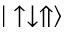
| \uparrow \downarrow \Uparrow \rangle